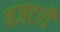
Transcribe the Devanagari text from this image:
बजटरी